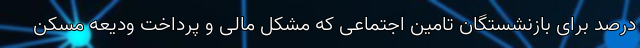
درصد برای بازنشستگان تامین اجتماعی که مشکل مالی و پرداخت ودیعه مسکن